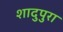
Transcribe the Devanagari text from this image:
शादुपुरा